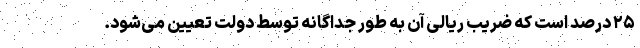
۲۵ درصد است که ضریب ریالی آن به طور جداگانه توسط دولت تعیین می‌شود.